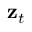
\mathbf { z } _ { t }